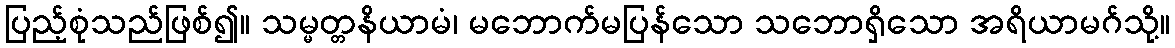
ပြည့်စုံသည်ဖြစ်၍။ သမ္မတ္တနိယာမံ၊ မဘောက်မပြန်သော သဘောရှိသော အရိယာမဂ်သို့။